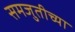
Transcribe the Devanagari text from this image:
समजुतीच्या